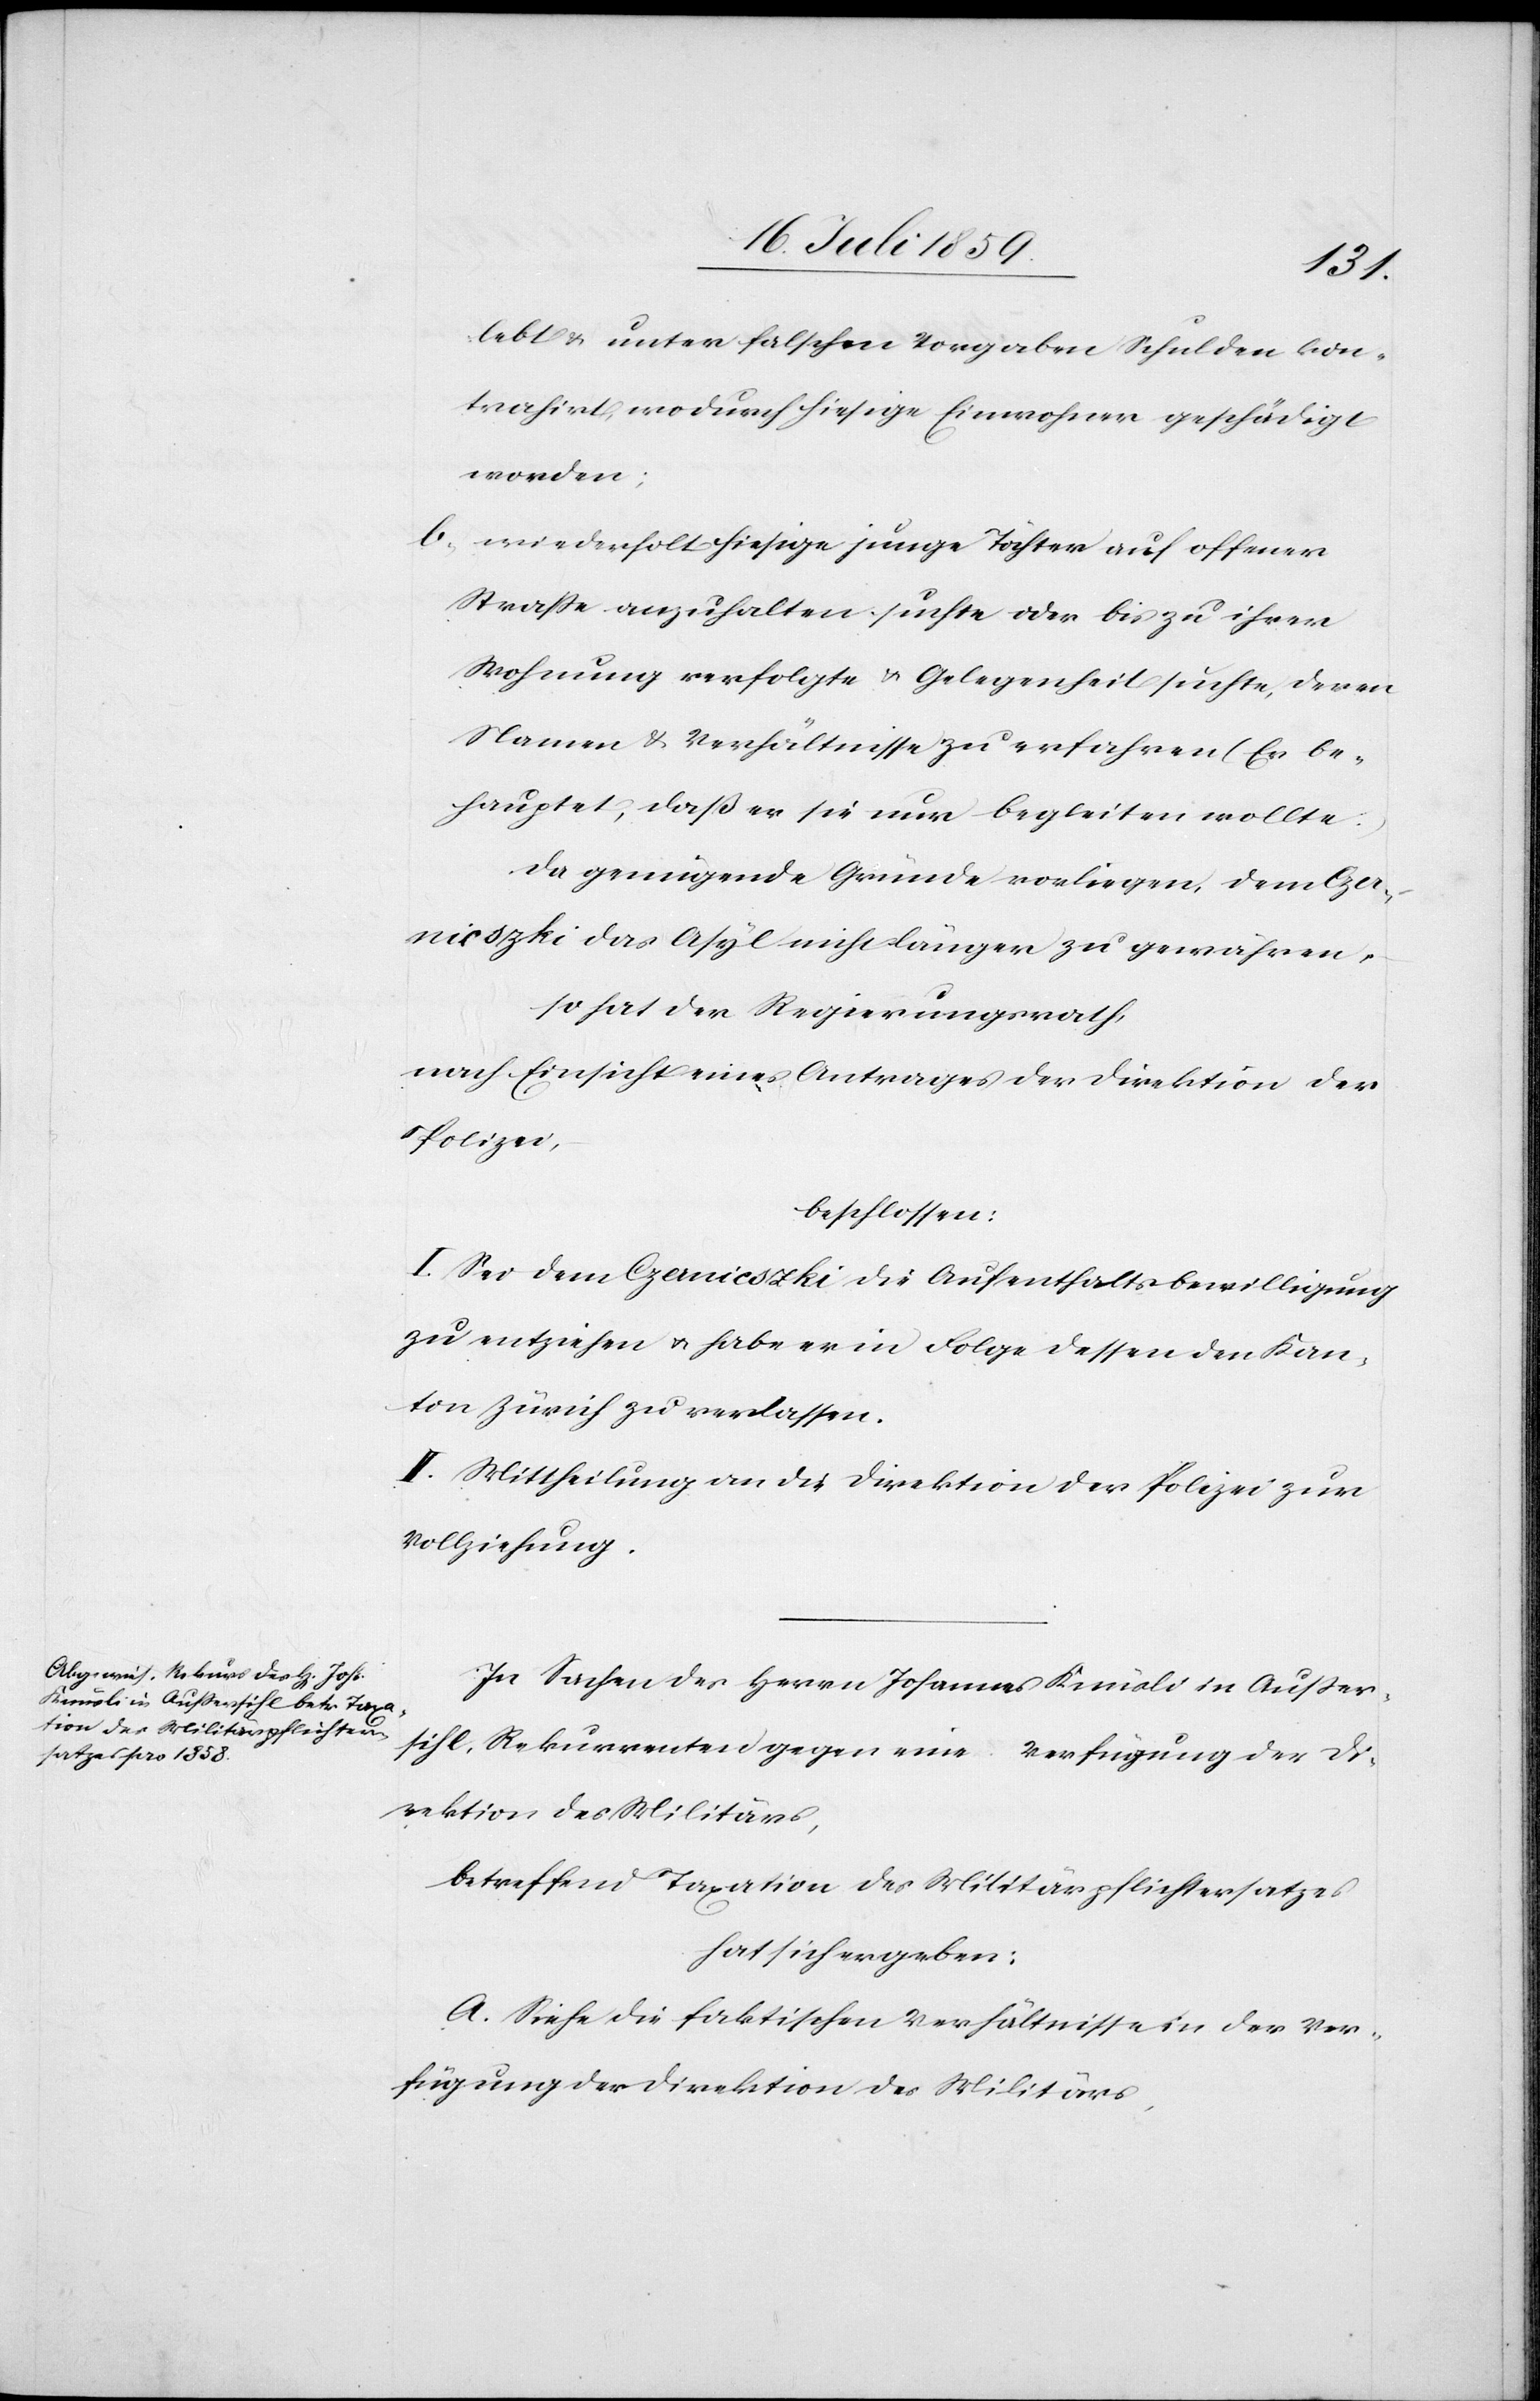
lebt u. unter falschen Vorgaben Schulden kon¬
trahirt, wodurch hiesige Einwohner geschädigt
worden;
b. wiederholt hiesige junge Töchter auf offener
Straße anzuhalten suchte oder bis zu ihrer
Wohnung verfolgte u. Gelegenheit suchte, deren
Namen u. Verhältnisse zu erfahren (Er be¬
hauptet, daß er sie nur begleiten wollte)
Da genügende Gründe vorliegen, dem Czer¬
nieszki das Asyl nicht länger zu gewähren,
hat der Regierungsrath
nach Einsicht eines Antrages der Direktion der
Polizei,
beschlossen:
I. Sei dem Czernieszki die Aufenthaltsbewilligung
zu entziehen u. habe er in Folge dessen den Kan¬
ton Zürich zu verlassen.
II. Mittheilung an die Direktion der Polizei zur
Vollziehung.
In Sachen des Herrn Johannes Knüsli in Außer¬
shil, Rekurrenten gegen eine Verfügung der Di¬
rektion des Militärs,
betreffend Taxation des Militärpflichtersatzes
hat sich ergeben:
A. Siehe die faktischen Verhältnisse in der Ver¬
fügung der Direktion des Militärs,